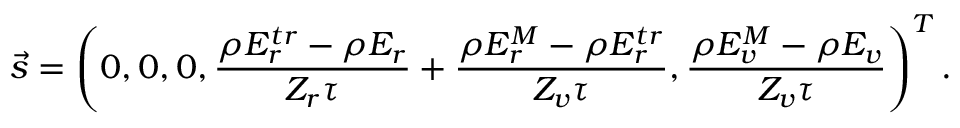
{ \vec { s } } = \left( 0 , \boldsymbol { 0 } , 0 , \frac { \rho E _ { r } ^ { t r } - \rho E _ { r } } { Z _ { r } \tau } + \frac { \rho E _ { r } ^ { M } - \rho E _ { r } ^ { t r } } { Z _ { v } \tau } , \frac { \rho E _ { v } ^ { M } - \rho E _ { v } } { Z _ { v } \tau } \right) ^ { T } .